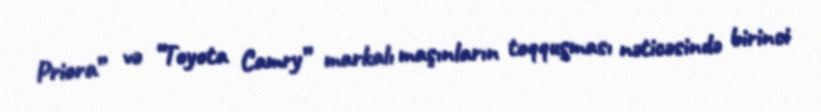
Priora” və “Toyota Camry” markalı maşınların toqquşması nəticəsində birinci